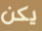
يكن